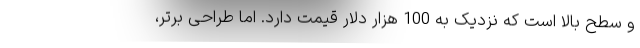
و سطح بالا است که نزدیک به 100 هزار دلار قیمت دارد. اما طراحی برتر،